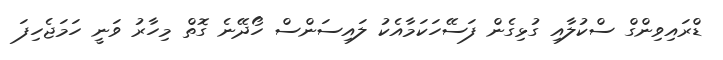
ޑްރައިވިންގް ސްކުލާއި ގުޅިގެން ފަސޭހަކަމާއެކު ލައިސަންސް ހޯދޭނެ ގޮތް މިހާރު ވަނީ ހަމަޖެހިފަ